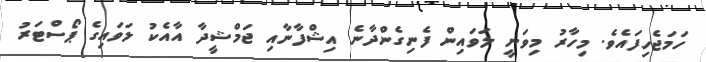
ހަމަޖެހިފައެވެ. މިހާރު މިވަނީ ލަވައިން ފެނިގެންދާނެ އިޝްފާނާއި ޖަމްޝީދާ އާއެކު ލަވައިގެ ޕޯސްޓަރު